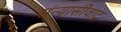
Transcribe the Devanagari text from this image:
संन्यासीवाद